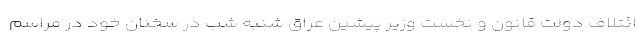
ائتلاف دولت قانون و نخست وزیر پیشین عراق شنبه شب در سخنان خود در مراسم